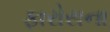
ફારોસના